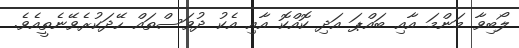
ލޯބިވާ މަންމަ އާއި ބައްޕަ އަދި ކޮއްކޮ އާއި އެކު ދުވަސްތައް ހޭދަކުރެވޭނެތީއެވެ.